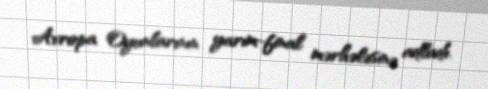
Avropa Oyunlarının yarım-final mərhələsinə adladı.